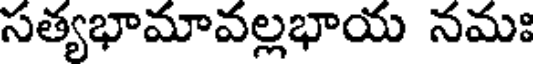
సత్యభామావల్లభాయ నమః